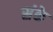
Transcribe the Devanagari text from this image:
संके